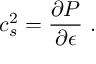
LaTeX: c _ { s } ^ { 2 } = { \frac { \partial P } { \partial \epsilon } } \ .